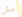
مش